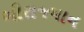
બીરાજમાન